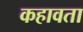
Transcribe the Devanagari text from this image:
कहावता